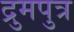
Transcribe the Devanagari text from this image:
द्रुमपुत्र